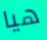
هيا